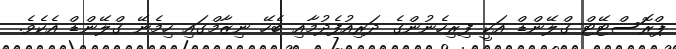
ޕްރޮސްޓޭޓް ގްލޭންޑް އަކީ ފިރިހެނުންގެ ދަރިއުފެދުމާއި ބެހޭ ނިޒާމްގައި ހިމެނޭ ގްލޭންޑް އެކެވެ.